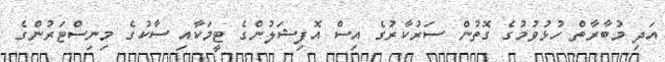
އަދި މުބާރާތް ހުޅުވުމުގެ ގޮތުން ސަރުކާރުގެ އިސް އޮފިޝަލުންގެ ޓީމަކާއި ސާކުގެ މިނިސްޓަރުންގެ